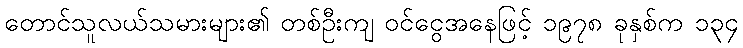
တောင်သူလယ်သမားများ၏ တစ်ဦးကျ ဝင်ငွေအနေဖြင့် ၁၉၇၈ ခုနှစ်က ၁၃၄